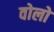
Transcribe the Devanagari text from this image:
वोलो